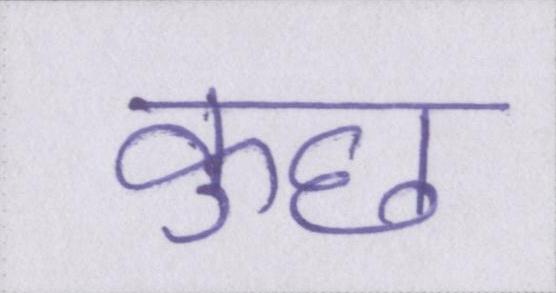
कुछ